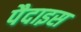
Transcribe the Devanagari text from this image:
पैदाइस